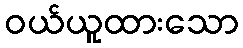
ဝယ်ယူထားသော